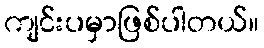
ကျင်းပမှာဖြစ်ပါတယ်။